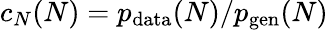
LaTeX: c_{N}(N)=p_{\mathrm{data}}(N)/p_{\mathrm{gen}}(N)